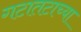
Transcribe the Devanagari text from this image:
गटातटाच्या